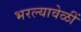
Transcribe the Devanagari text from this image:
भरल्यावेळीं